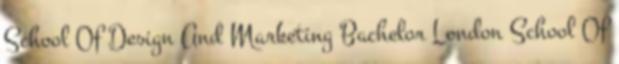
School Of Design And Marketing Bachelor London School Of